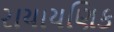
રાયાયણિક